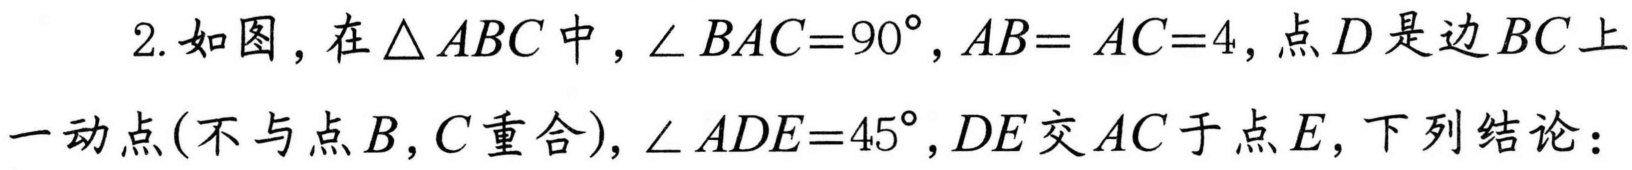
2. 如图，在\(\triangle ABC\)中，\(\angle BAC = 90^{\circ}\)，\(AB = AC = 4\)，点\(D\)是边\(BC\)上一动点(不与点\(B,C\)重合)，\(\angle ADE = 45^{\circ}\)，\(DE\)交\(AC\)于点\(E\)，下列结论：